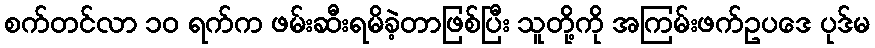
စက်တင်လာ ၁၀ ရက်က ဖမ်းဆီးရမိခဲ့တာဖြစ်ပြီး သူတို့ကို အကြမ်းဖက်ဥပဒေ ပုဒ်မ